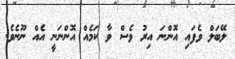
ލޭބަލް ވެފައި އޮންނަ އިރު ވެސް ވާ ކަމެއް އޮންނަނީ އެއް ނޫނެވެ.